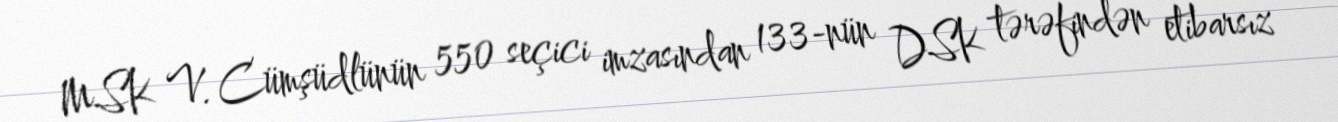
MSK V. Cümşüdlünün 550 seçici imzasından 133-nün DSK tərəfindən etibarsız